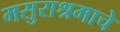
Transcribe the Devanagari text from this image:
मसुराश्रमाचे